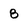
Character: 8